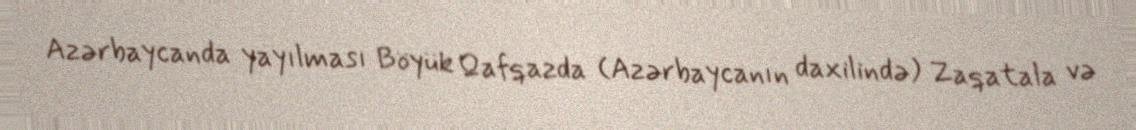
Azərbaycanda yayılması Böyük Qafqazda (Azərbaycanın daxilində) Zaqatala və